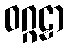
ဝဂ္ဂဠာ